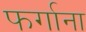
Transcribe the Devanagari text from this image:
फर्गाना